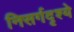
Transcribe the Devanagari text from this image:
निसर्गदृश्ये